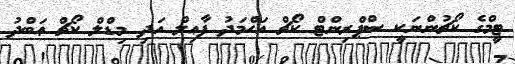
ޓީމްގެ ކޯޗުންނަކީ ސްޕްރިންޓް ކޯޗް އަޙްމަދު ފާޢިލް އަދި މިޑްލް ކޯޗް ޢަބްދު